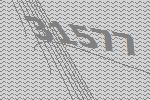
31577